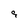
Character: 9